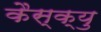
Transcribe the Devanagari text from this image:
कैस्क्यु